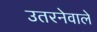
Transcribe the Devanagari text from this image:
उतरनेवाले